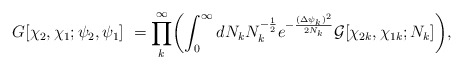
\begin{align*}G [\chi_2, \chi_1; \psi_2, \psi_1] ~ = \prod_k^\infty \biggl( \int_0^\infty dN_k N_k^{-{1\over 2}} e^{-{{(\Delta \psi_k)}^2\over 2N_k}} {\cal G} [ \chi_{2k},\chi_{1k}; N_k ] \biggr), \end{align*}